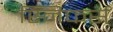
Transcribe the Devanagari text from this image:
स्निफर्स